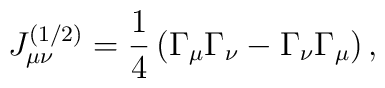
J_{\mu \nu }^{(1/2)}=\frac 14\left( \Gamma _\mu \Gamma _\nu-\Gamma _\nu \Gamma _\mu \right) ,